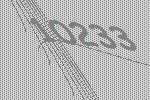
10233